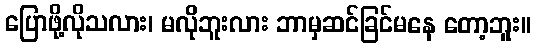
ပြောဖို့လိုသလား၊ မလိုဘူးလား ဘာမှဆင်ခြင်မနေ တော့ဘူး။